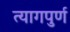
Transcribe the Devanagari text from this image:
त्यागपुर्ण